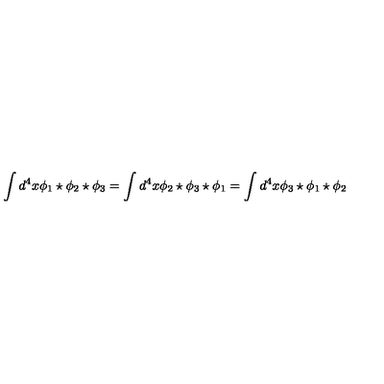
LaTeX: \int d ^ { 4 } x \phi _ { 1 } \star \phi _ { 2 } \star \phi _ { 3 } = \int d ^ { 4 } x \phi _ { 2 } \star \phi _ { 3 } \star \phi _ { 1 } = \int d ^ { 4 } x \phi _ { 3 } \star \phi _ { 1 } \star \phi _ { 2 }